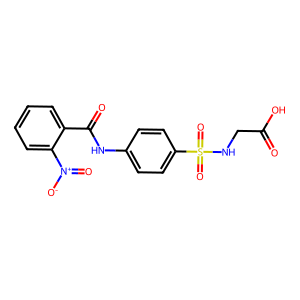
SMILES: O=C(O)CNS(=O)(=O)c1ccc(NC(=O)c2ccccc2[N+](=O)[O-])cc1
Inhibits HIV replication: No